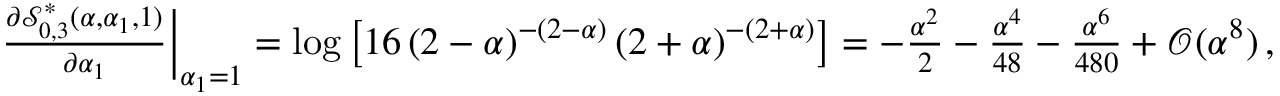
\begin{array} { r } { { \frac { \partial \mathcal { S } _ { 0 , 3 } ^ { \ast } ( \alpha , \alpha _ { 1 } , 1 ) } { \partial \alpha _ { 1 } } } \bigg | _ { \alpha _ { 1 } = 1 } = \log \left[ { 1 6 \, ( 2 - \alpha ) ^ { - ( 2 - \alpha ) } \, ( 2 + \alpha ) ^ { - ( 2 + \alpha ) } } \right] = - { \frac { \alpha ^ { 2 } } { 2 } } - { \frac { \alpha ^ { 4 } } { 4 8 } } - { \frac { \alpha ^ { 6 } } { 4 8 0 } } + \mathcal { O } ( \alpha ^ { 8 } ) \, , } \end{array}